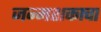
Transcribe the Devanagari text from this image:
जन्मशकाचा